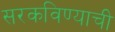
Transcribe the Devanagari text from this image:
सरकविण्याची